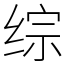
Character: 综